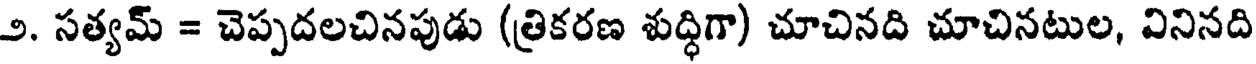
౨. సత్యమ్ = చెప్పదలచినపుడు (త్రికరణ శుద్ధిగా) చూచినది చూచినటుల, వినినది